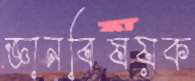
জ্ঞানবিষয়ক